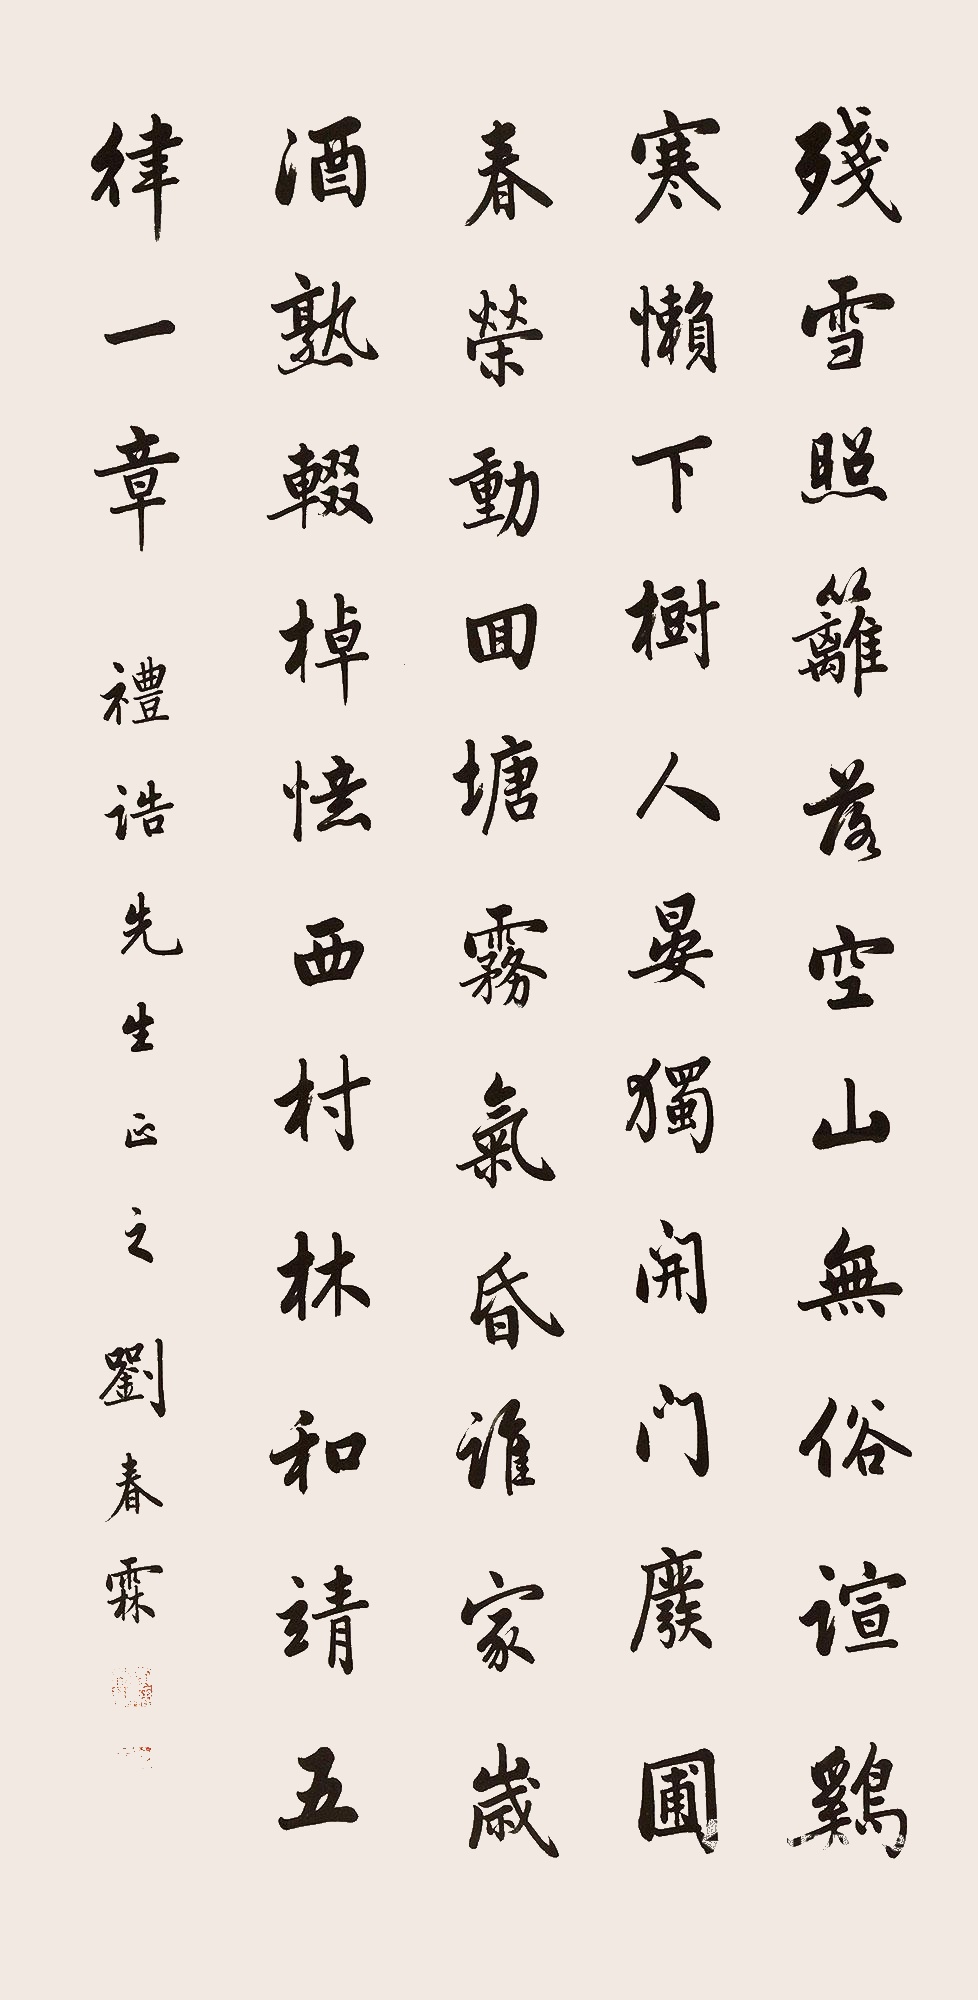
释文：残雪照篱落，空山无俗喧。鸡寒懒下树，人晏独开门。废圃春荣动，回塘雾气昏。谁家岁酒熟，辍棹忆西村。林和靖五律一章。礼诰先生正之，刘春霖。